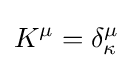
K^{\mu }=\delta _{\kappa }^{\mu }